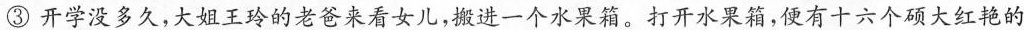
③开学没多久，大姐王玲的老爸女儿，激进一个水果箱。打开水采箱，便有十六个硕大红艳的